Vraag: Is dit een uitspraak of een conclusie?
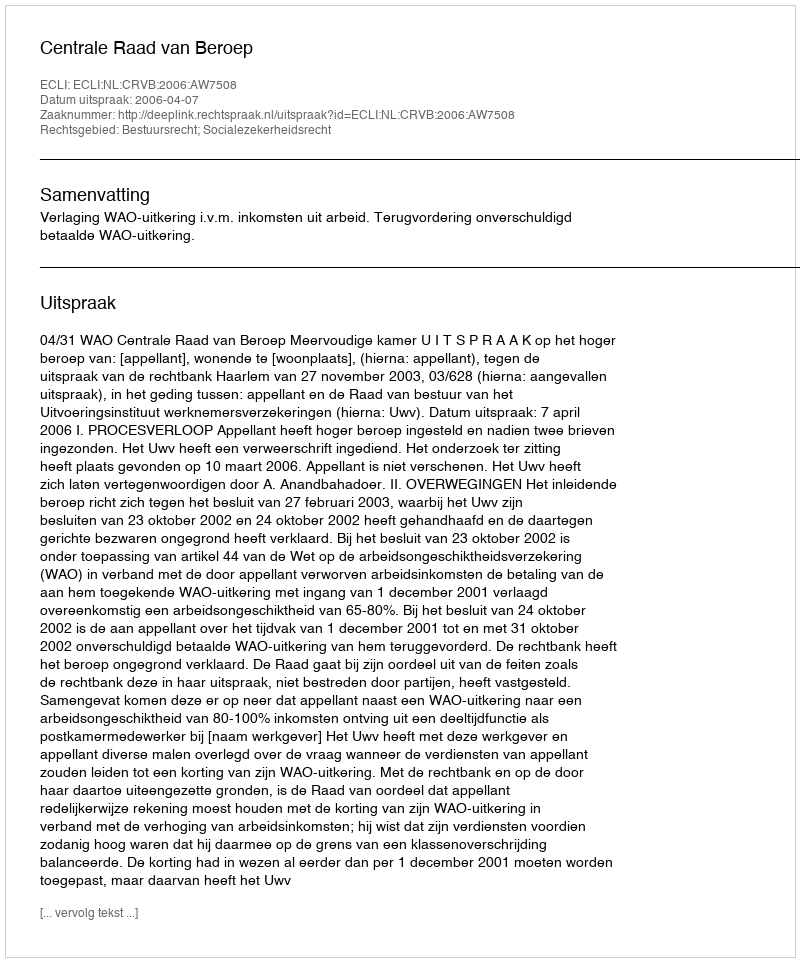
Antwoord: Uitspraak